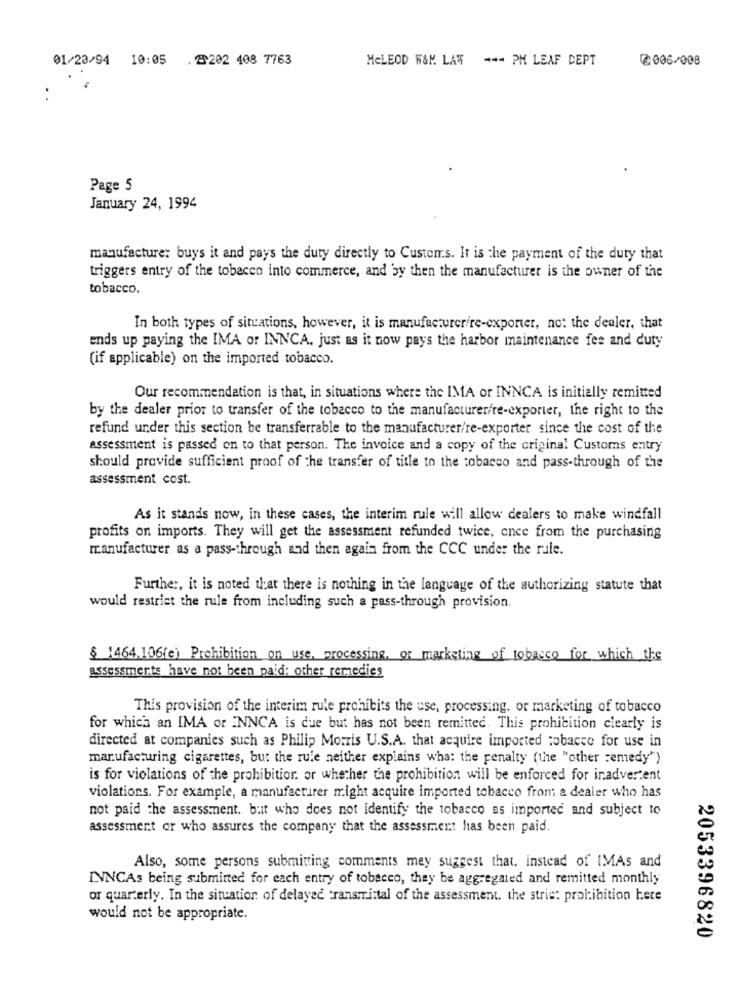
01/20/94 10:05 .2202 408 7763
MCLEOD W&M LAW --- PM LEAF DEPT
@006/008
..
Page 5
January 24, 1994
manufacture: buys it and pays the duty directly to Custom.s. It is the payment of the duty that
triggers entry of the tobacco into commerce, and by then the manufacturer is the owner of the
tobacco.
In both types of situations, however, it is manufacturerire-exporter, not the dealer, that
ends up paying the IMA or INNCA. just as it now pays the harbor maintenance fee and duty
(if applicable) on the imported tobacco.
Our recommendation is that, in situations where the IMA or INNCA is initially remitted
by the dealer prior to transfer of the tobacco to the manufacturerfre-exporter, the right to the
refund under this section be transferrable to the manufacturer/re-exporter since the cost of the
assessment is passed on to that person. The invoice and a copy of the original Customs entry
should provide sufficient proof of the transfer of title to the tobacco and pass-through of the
assessment cost.
As it stands now, in these cases, the interim rule will allow dealers to make windfall
profits on imports. They will get the assessment refunded twice, once from the purchasing
manufacturer as a pass-through and then again from the CCC under the rule.
Further, it is noted that there is nothing in the language of the authorizing statute that
would restrict the rule from including such a pass-through provision.
§ 1464.106(e) Prohibition on use, processing, or marketing of tobacco for which the
assessments have not been paid: other remedies
This provision of the interim rule prohibits the use, processing. or marketing of tobacco
for which an IMA or INNCA is due but has not been remitted. This prohibition clearly is
directed at companies such as Philip Morris U.S.A. that acquire imported tobacco for use in
manufacturing cigarettes, but the rule neither explains wha: the penalty (the "other remedy")
is for violations of the prohibition. or whether the prohibition will be enforced for inadvertent
violations. For example, a manufacturer might acquire imported tobacco from a dealer who has
not paid the assessment. but who does not identify the tobacco os imported and subject to
assessment or who assures the company that the assessment has been paid.
Also, some persons submitting comments mey suggest that, instead of IMAs and
INNCAs being submitted for each entry of tobacco, they be aggregated and remitted monthly
or quarterly. In the situation of delayed transmittal of the assessment. the strie: prol:ibition here
would not be appropriate.
2053396820